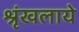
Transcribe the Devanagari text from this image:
श्रृंखलाये